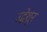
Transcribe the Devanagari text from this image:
उद्धेशून